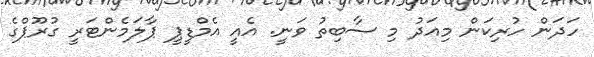
ހަދަން ހުރިކަން މިއަދު މި ސާބިތު ވަނީ. އެއީ އެމްޑީޕީ ޕާލަމެންޓަރީ ގުރޫޕްގެ